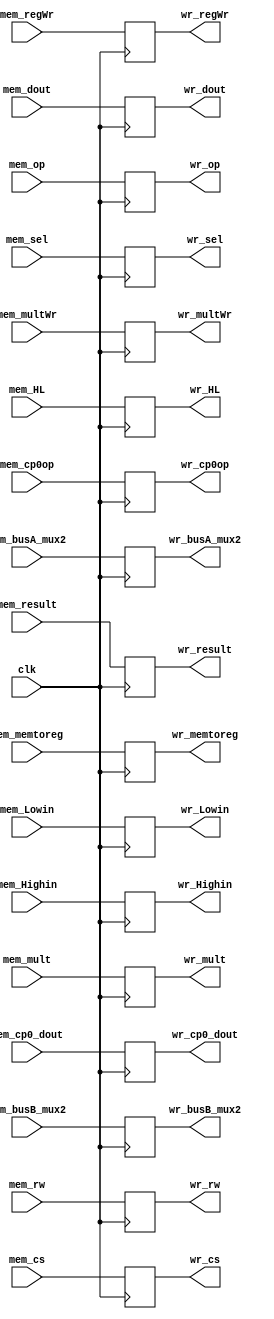
module mem_wr(clk,mem_dout,mem_HL,mem_result,mem_mult,mem_busA_mux2,mem_busB_mux2,mem_rw,mem_regWr,mem_multWr,mem_memtoreg,mem_op,mem_Lowin,mem_Highin,mem_cp0op,mem_cs,mem_sel,mem_cp0_dout,
	wr_dout,wr_HL,wr_result,wr_mult,wr_busA_mux2,wr_busB_mux2,wr_rw,wr_regWr,wr_multWr,wr_memtoreg,wr_op,wr_Lowin,wr_Highin,wr_cp0op,wr_cs,wr_sel,wr_cp0_dout);
input wire clk;
input wire[31:0] mem_dout,mem_result,mem_HL,mem_busA_mux2,mem_cp0_dout,mem_busB_mux2;
input wire[63:0] mem_mult;
input wire[4:0] mem_rw,mem_cs;
input wire mem_regWr,mem_multWr,mem_Lowin,mem_Highin;
input wire[1:0] mem_memtoreg;
input wire[5:0] mem_op;
input wire[2:0] mem_cp0op,mem_sel;

output reg[31:0] wr_dout,wr_result,wr_HL,wr_busA_mux2,wr_cp0_dout,wr_busB_mux2;
output reg[63:0] wr_mult;
output reg[4:0] wr_rw,wr_cs;
output reg wr_regWr,wr_multWr,wr_Lowin,wr_Highin;
output reg[1:0] wr_memtoreg;
output reg[5:0] wr_op;
output reg[2:0] wr_cp0op,wr_sel;

initial begin
	wr_dout = 32'd0;
	wr_result = 32'd0;
	wr_HL = 32'd0;
	wr_rw = 5'd0;
	wr_regWr = 0;
	wr_multWr = 0;
	wr_memtoreg = 2'd0;
	wr_op = 6'd0;
	wr_busA_mux2 = 32'd0;
	wr_Lowin = 0;
	wr_Highin = 0;
	wr_cp0op = 3'd0;
	wr_sel = 3'd0;
	wr_cs = 5'd0;
	wr_cp0_dout = 32'd0;
	wr_busB_mux2 = 32'd0;
	wr_mult = 64'd0;
end


always@(posedge clk)
begin
	wr_dout = mem_dout;
	wr_HL = mem_HL;
	wr_result = mem_result;
	wr_mult = mem_mult;
	wr_rw = mem_rw;
	wr_regWr = mem_regWr;
	wr_multWr = mem_multWr;
	wr_memtoreg = mem_memtoreg;
	wr_op = mem_op;
	wr_busA_mux2 = mem_busA_mux2;
	wr_Lowin = mem_Lowin;
	wr_Highin = mem_Highin;
	wr_cp0op = mem_cp0op;
	wr_sel = mem_sel;
	wr_cs = mem_cs;
	wr_cp0_dout = mem_cp0_dout;
	wr_busB_mux2 = mem_busB_mux2;
end
endmodule